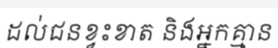
ដល់ជនខ្វះខាត និងអ្នកគ្មាន